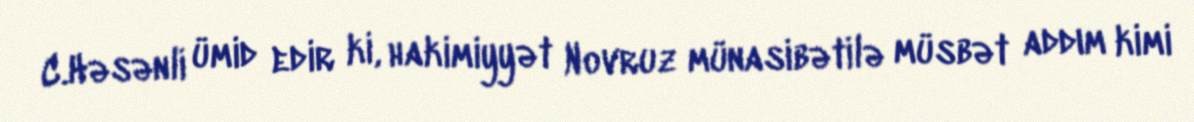
C.Həsənli ümid edir ki, hakimiyyət Novruz münasibətilə müsbət addım kimi